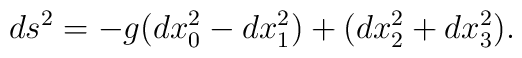
ds^2=-g(dx_0^2-dx_1^2)+(dx_2^2+dx_3^2).